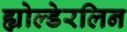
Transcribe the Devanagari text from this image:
ह्योल्डेरलिन